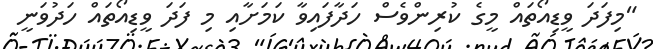
"މިފަދަ ވީޑިއޯތައް މީގެ ކުރިންވެސް ހަދާފައިވާ ކަމަށާއި މި ފަދަ ވީޑިއޯތައް ހަދުވަނީ